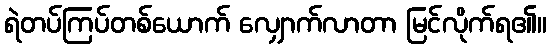
ရဲတပ်ကြပ်တစ်ယောက် လျှောက်လာတာ မြင်လိုက်ရ၏။